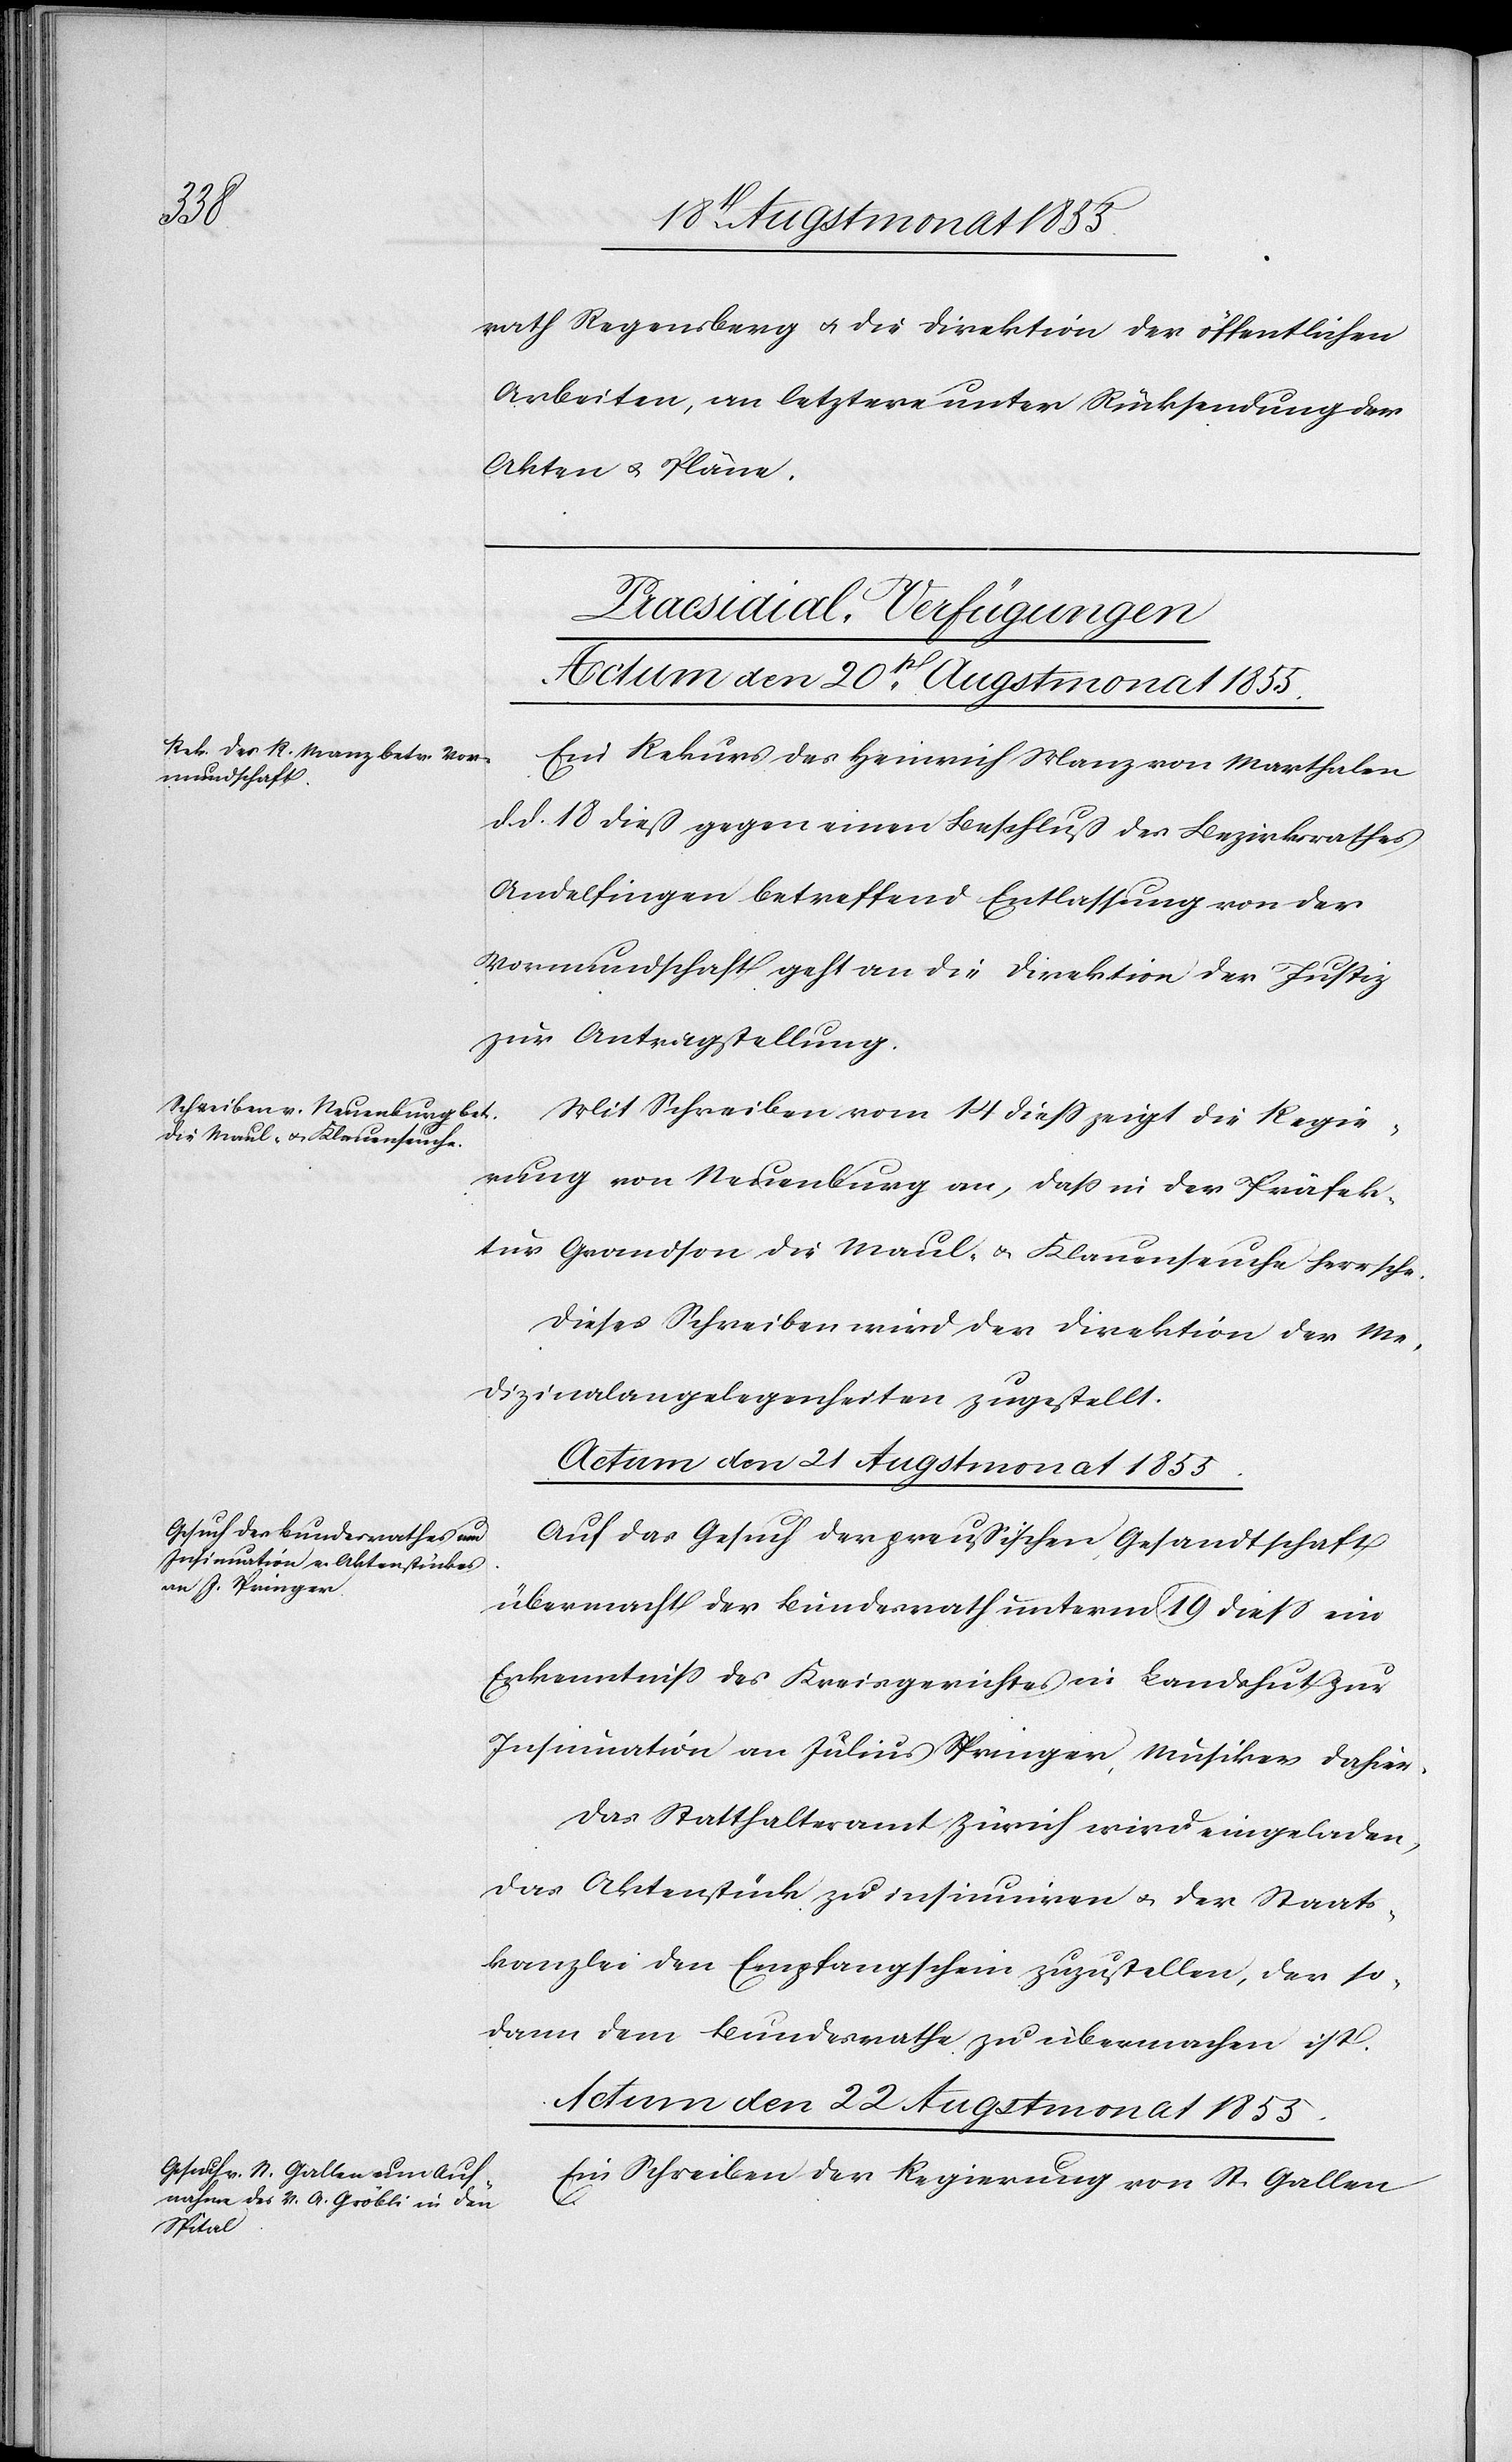
rath Regensberg & die Direktion der öffentlichen
Arbeiten, an letztere unter Rücksendung der
Akten & Pläne.
[Praesidial-Verfügungen]
Actum den 20st. Augstmonat 1855.]
Ein Rekurs des Heinrich Manz von Marthalen
d. d. 18 dieß gegen einen Beschluß des Bezirksrathes
Andelfingen betreffend Entlassung von der
Vormundschaft geht an die Direktion der Justiz
zur Antragstellung.
Mit Schreiben vom 14 diess zeigt die Regie¬
rung von Neuenburg an, dass in der Präfek¬
tur Grandson die Maul- & Klauenseuche herrsche.
Dieses Schreiben wird der Direktion der Me¬
dizinalangelegenheiten zugestellt.
Actum den 21 Augstmonat 1855.
Auf das Gesuch der preußischen Gesandtschaft
übermacht der Bundesrath unterm 19 diess ein
Erkenntniss des Kreisgerichtes in Landshut zur
Insinuation an Julius Springer, Musiker dahier.
Das Statthalteramt Zürich wird eingeladen,
das Aktenstück zu insinuiren & der Staats¬
kanzlei den Empfangschein zuzustellen, der so¬
dann dem Bundesrathe zu übermachen ist.
Actum den 22 Augstmonat 1855.
Ein Schreiben der Regierung von St. Gallen